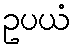
ဥပယံ